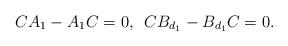
LaTeX: \begin{align*}CA_{1}-A_{1}C=0,\,\,\, CB_{d_{1}}-B_{d_{1}}C=0.\end{align*}